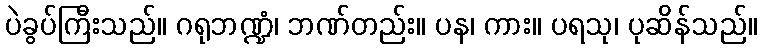
ပဲခွပ်ကြီးသည်။ ဂရုဘဏ္ဍံ၊ ဘဏ်တည်း။ ပန၊ ကား။ ပရသု၊ ပုဆိန်သည်။